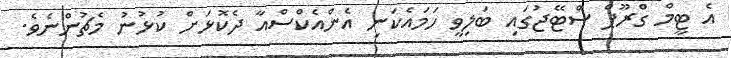
އެ ޓީމް ގްރޫޕް ސްޓޭޖުގައި ބަލިވީ ހަމައެކަނި އެންއެކްސްއާ ދެކޮޅަށް ކުޅުނު މެޗުންނެވެ.